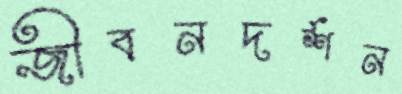
জীবনদর্শন